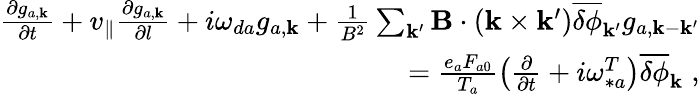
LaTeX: \begin{array}{r}{\frac{\partial g_{a,{\mathbf k}}}{\partial t}+v_{\| }\frac{\partial g_{a,{\mathbf k}}}{\partial l}+i\omega_{da}g_{a,{\mathbf k}}+\frac{1}{B^{2}}\sum_{{\mathbf k}^{\prime}}{\mathbf B}\cdot({\mathbf k}\times{\mathbf k}^{\prime})\overline{{\delta\phi}}_{{\mathbf k}^{\prime}}g_{a,{\mathbf k}-{\mathbf k}^{\prime}}}\\ {=\frac{e_{a}F_{a0}}{T_{a}}\left(\frac{\partial}{\partial t}+i\omega_{\ast a}^{T}\right)\overline{{\delta\phi}}_{\mathbf k}\; ,}\end{array}